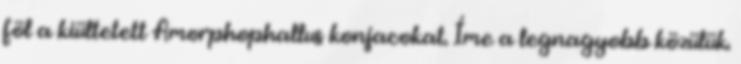
föl a kiültetett Amorphophallus konjacokat. Íme a legnagyobb közülük.